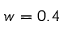
w = 0 . 4